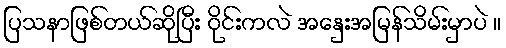
ပြသနာဖြစ်တယ်ဆိုပြီး ဝိုင်းကလဲ အနှေးအမြန်သိမ်းမှာပဲ ။